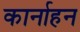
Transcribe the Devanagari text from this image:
कार्नाहन